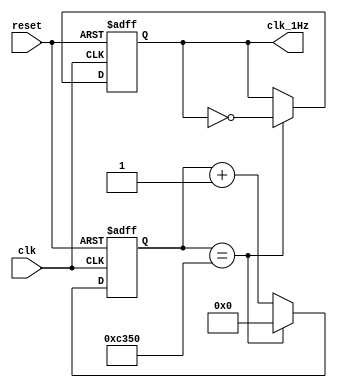
module SlowClock(
	input wire clk, reset, 
	output reg clk_1Hz
);

reg [27:0] counter;

always@(posedge reset or posedge clk)
begin
    if (reset == 1'b1)
        begin
            clk_1Hz <= 0;
            counter <= 0;
        end
    else
        begin
            counter <= counter + 1;
            if ( counter == 50_000)
                begin
                    counter <= 0;
                    clk_1Hz <= ~clk_1Hz;
                end
        end
end
endmodule